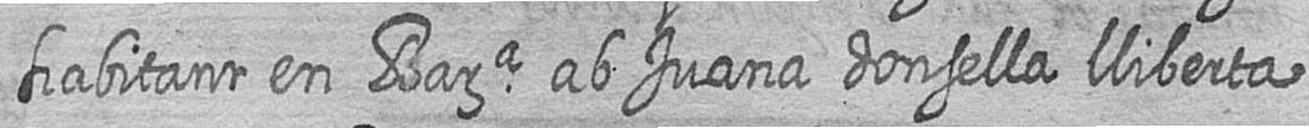
habitant en Bara ab Juana donsella lliberta